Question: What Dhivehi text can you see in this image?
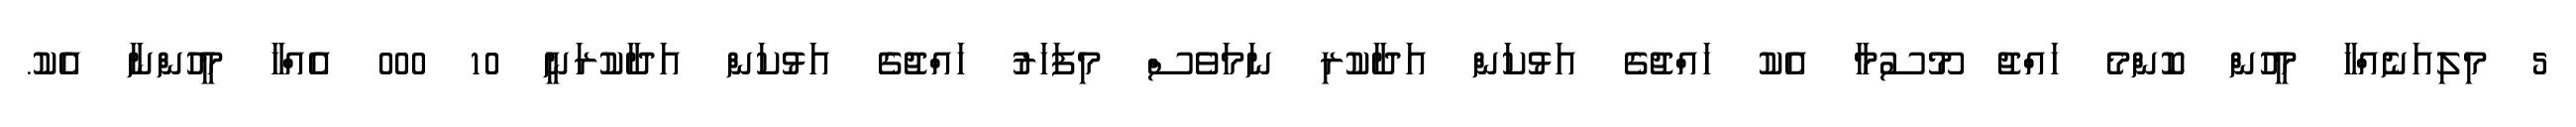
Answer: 5 މިލިއަނެއްހާ މީހުން ކޮންމެ ހައްޖު މޫސުމާ އެކު ހައްޖުގެ އަޅުކަން އަދާކުރި ނަމަވެސް މިފަހަރު ހައްޖުގެ އަޅުކަން އަދާކުރަނީ 10 000 އެއްހާ މީހުންނާ އެކު.